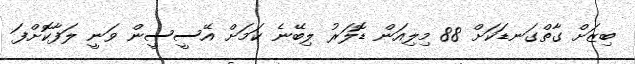
ބިޒަށް ގާތްގަނޑަކަށް 88 މިލިއަން ޑޮލަރު ލިބޭނެ ކަމަށް އޭސީސީން ވަނީ ލަފާކޮށްފަ